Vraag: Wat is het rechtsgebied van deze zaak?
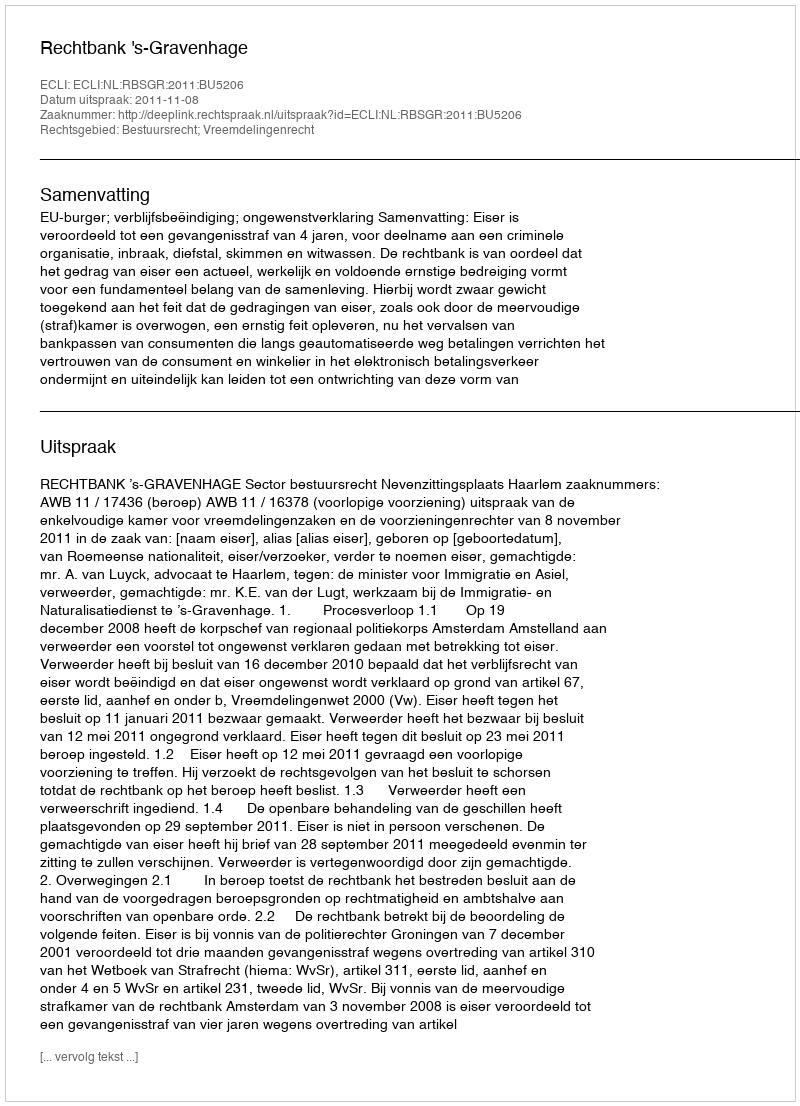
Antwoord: Bestuursrecht; Vreemdelingenrecht